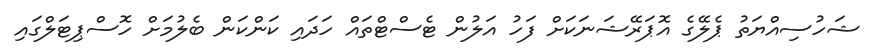
ޝަހުސިއްޔަތު ޕެލޭގެ އޮޕަރޭޝަނަކަށް ފަހު އަލުން ޓެސްޓްތައް ހަދައި ކަންކަން ބެލުމަށް ހޮސްޕިޓަލްގައި